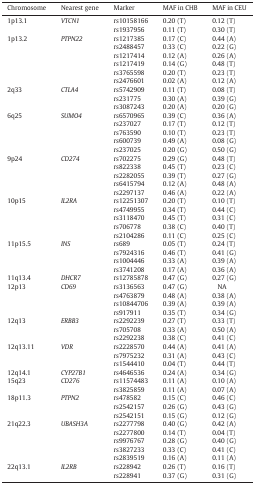
<table><thead><tr><td><b>Chromosome</b></td><td><b>Nearest gene</b></td><td><b>Marker</b></td><td><b>MAF in CHB</b></td><td><b>MAF in CEU</b></td></tr></thead><tbody><tr><td>1p13.1</td><td><i>VTCN1</i></td><td>rs10158166</td><td>0.20 (T)</td><td>0.12 (T)</td></tr><tr><td></td><td>rs1937956</td><td>0.11 (T)</td><td>0.30 (T)</td></tr><tr><td>1p13.2</td><td><i>PTPN22</i></td><td>rs1217385</td><td>0.17 (C)</td><td>0.44 (A)</td></tr><tr><td></td><td>rs2488457</td><td>0.33 (C)</td><td>0.22 (G)</td></tr><tr><td></td><td>rs1217414</td><td>0.12 (A)</td><td>0.26 (A)</td></tr><tr><td></td><td>rs1217419</td><td>0.14 (G)</td><td>0.48 (T)</td></tr><tr><td></td><td>rs3765598</td><td>0.20 (T)</td><td>0.23 (T)</td></tr><tr><td></td><td>rs2476601</td><td>0.02 (A)</td><td>0.12 (A)</td></tr><tr><td>2q33</td><td><i>CTLA4</i></td><td>rs5742909</td><td>0.11 (T)</td><td>0.08 (T)</td></tr><tr><td></td><td>rs231775</td><td>0.30 (A)</td><td>0.39 (G)</td></tr><tr><td></td><td>rs3087243</td><td>0.20 (A)</td><td>0.20 (G)</td></tr><tr><td>6q25</td><td><i>SUMO4</i></td><td>rs6570965</td><td>0.39 (C)</td><td>0.36 (A)</td></tr><tr><td></td><td>rs237027</td><td>0.17 (T)</td><td>0.12 (T)</td></tr><tr><td></td><td>rs763590</td><td>0.10 (T)</td><td>0.23 (T)</td></tr><tr><td></td><td>rs600739</td><td>0.49 (A)</td><td>0.08 (G)</td></tr><tr><td></td><td>rs237025</td><td>0.20 (G)</td><td>0.50 (G)</td></tr><tr><td>9p24</td><td><i>CD274</i></td><td>rs702275</td><td>0.29 (G)</td><td>0.48 (T)</td></tr><tr><td></td><td>rs822338</td><td>0.45 (T)</td><td>0.23 (C)</td></tr><tr><td></td><td>rs2282055</td><td>0.39 (T)</td><td>0.27 (G)</td></tr><tr><td></td><td>rs6415794</td><td>0.12 (A)</td><td>0.48 (A)</td></tr><tr><td></td><td>rs2297137</td><td>0.46 (A)</td><td>0.22 (A)</td></tr><tr><td>10p15</td><td><i>IL2RA</i></td><td>rs12251307</td><td>0.20 (T)</td><td>0.10 (T)</td></tr><tr><td></td><td>rs4749955</td><td>0.34 (T)</td><td>0.44 (C)</td></tr><tr><td></td><td>rs3118470</td><td>0.45 (T)</td><td>0.31 (C)</td></tr><tr><td></td><td>rs706778</td><td>0.38 (C)</td><td>0.40 (T)</td></tr><tr><td></td><td>rs2104286</td><td>0.11 (C)</td><td>0.25 (C)</td></tr><tr><td>11p15.5</td><td><i>INS</i></td><td>rs689</td><td>0.05 (T)</td><td>0.24 (T)</td></tr><tr><td></td><td>rs7924316</td><td>0.46 (T)</td><td>0.41 (G)</td></tr><tr><td></td><td>rs1004446</td><td>0.33 (A)</td><td>0.39 (A)</td></tr><tr><td></td><td>rs3741208</td><td>0.17 (A)</td><td>0.36 (A)</td></tr><tr><td>11q13.4</td><td><i>DHCR7</i></td><td>rs12785878</td><td>0.47 (G)</td><td>0.27 (G)</td></tr><tr><td>12p13</td><td><i>CD69</i></td><td>rs3136563</td><td>0.47 (G)</td><td>NA</td></tr><tr><td></td><td>rs4763879</td><td>0.48 (A)</td><td>0.38 (A)</td></tr><tr><td></td><td>rs10844706</td><td>0.39 (A)</td><td>0.39 (A)</td></tr><tr><td></td><td>rs917911</td><td>0.35 (T)</td><td>0.34 (G)</td></tr><tr><td>12q13</td><td><i>ERBB3</i></td><td>rs2292239</td><td>0.27 (T)</td><td>0.33 (T)</td></tr><tr><td></td><td>rs705708</td><td>0.33 (A)</td><td>0.50 (A)</td></tr><tr><td></td><td>rs2292238</td><td>0.38 (C)</td><td>0.41 (C)</td></tr><tr><td>12q13.11</td><td><i>VDR</i></td><td>rs2228570</td><td>0.44 (A)</td><td>0.41 (A)</td></tr><tr><td></td><td>rs7975232</td><td>0.31 (A)</td><td>0.43 (C)</td></tr><tr><td></td><td>rs1544410</td><td>0.04 (T)</td><td>0.44 (T)</td></tr><tr><td>12q14.1</td><td><i>CYP27B1</i></td><td>rs4646536</td><td>0.24 (A)</td><td>0.34 (G)</td></tr><tr><td>15q23</td><td><i>CD276</i></td><td>rs11574483</td><td>0.11 (A)</td><td>0.10 (A)</td></tr><tr><td></td><td>rs3825859</td><td>0.11 (A)</td><td>0.07 (A)</td></tr><tr><td>18p11.3</td><td><i>PTPN2</i></td><td>rs478582</td><td>0.15 (C)</td><td>0.46 (C)</td></tr><tr><td></td><td>rs2542157</td><td>0.26 (G)</td><td>0.43 (G)</td></tr><tr><td></td><td>rs2542151</td><td>0.15 (G)</td><td>0.12 (G)</td></tr><tr><td>21q22.3</td><td><i>UBASH3A</i></td><td>rs2277798</td><td>0.40 (G)</td><td>0.42 (A)</td></tr><tr><td></td><td>rs2277800</td><td>0.14 (T)</td><td>0.04 (T)</td></tr><tr><td></td><td>rs9976767</td><td>0.28 (G)</td><td>0.40 (G)</td></tr><tr><td></td><td>rs3827233</td><td>0.33 (C)</td><td>0.41 (C)</td></tr><tr><td></td><td>rs2839519</td><td>0.16 (A)</td><td>0.11 (A)</td></tr><tr><td>22q13.1</td><td><i>IL2RB</i></td><td>rs228942</td><td>0.26 (T)</td><td>0.16 (T)</td></tr><tr><td></td><td>rs228941</td><td>0.37 (G)</td><td>0.31 (G)</td></tr></tbody></table>